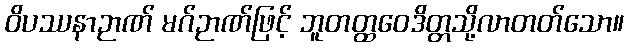
ဝိပဿနာဉာဏ် မဂ်ဉာဏ်ဖြင့် ဘူတတ္ထဝေဒိတ္တသို့လာတတ်သော။